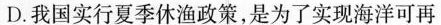
D.我国实行夏季休渔政策，是为了实现海洋可再